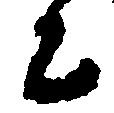
ニ